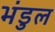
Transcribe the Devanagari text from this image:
भंडुल